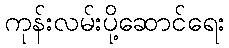
ကုန်းလမ်းပို့ဆောင်ရေး